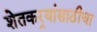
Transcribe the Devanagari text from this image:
शेतकर्‍यांसाठीचा